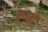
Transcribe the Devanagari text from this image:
मगजी